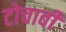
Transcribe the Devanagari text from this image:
टोचावी